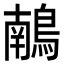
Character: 𪃢